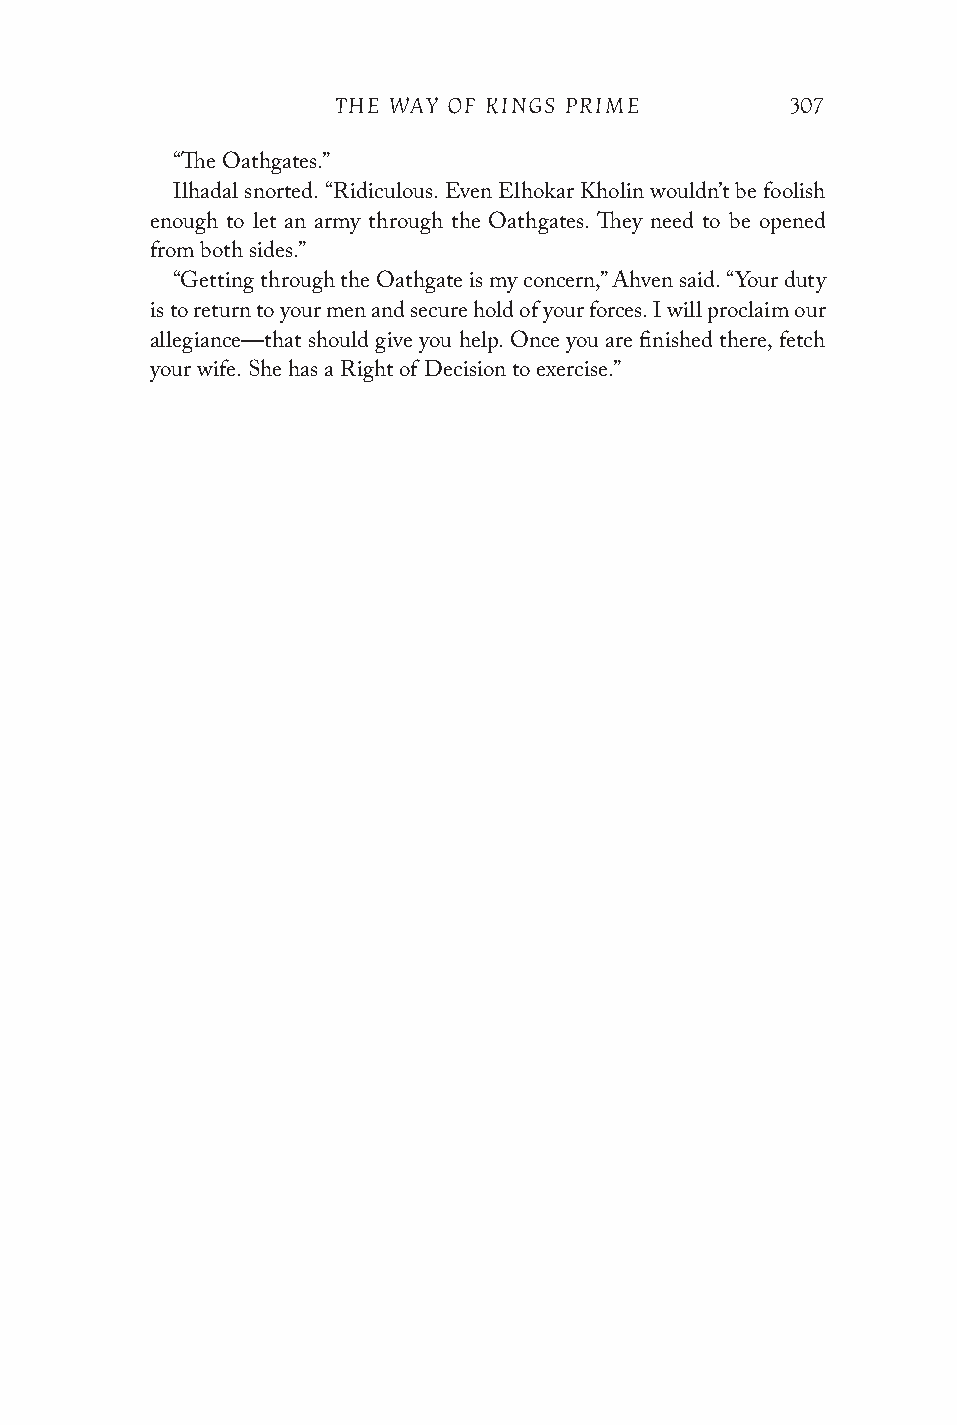
THE WAY OF KINGS PRIME        307
 “The Oathgates.”
 Ilhadal snorted. “Ridiculous. Even Elhokar Kholin wouldn’t be foolish
 enough to let an army through the Oathgates. They need to be opened
 from both sides.”
 “Getting through the Oathgate is my concern,” Ahven said. “Your duty
 is to return to your men and secure hold of your forces. I will proclaim our
 allegiance—that should give you help. Once you are finished there, fetch
 your wife. She has a Right of Decision to exercise.”